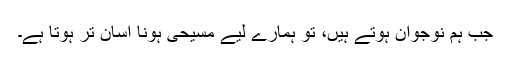
جب ہم نوجوان ہوتے ہیں، تو ہمارے لیے مسیحی ہونا آسان تر ہوتا ہے۔